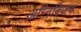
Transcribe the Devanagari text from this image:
अग्निविजय